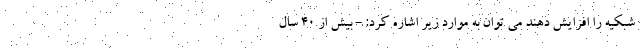
شبکیه را افزایش دهند می توان به موارد زیر اشاره کرد: - بیش از 40 سال